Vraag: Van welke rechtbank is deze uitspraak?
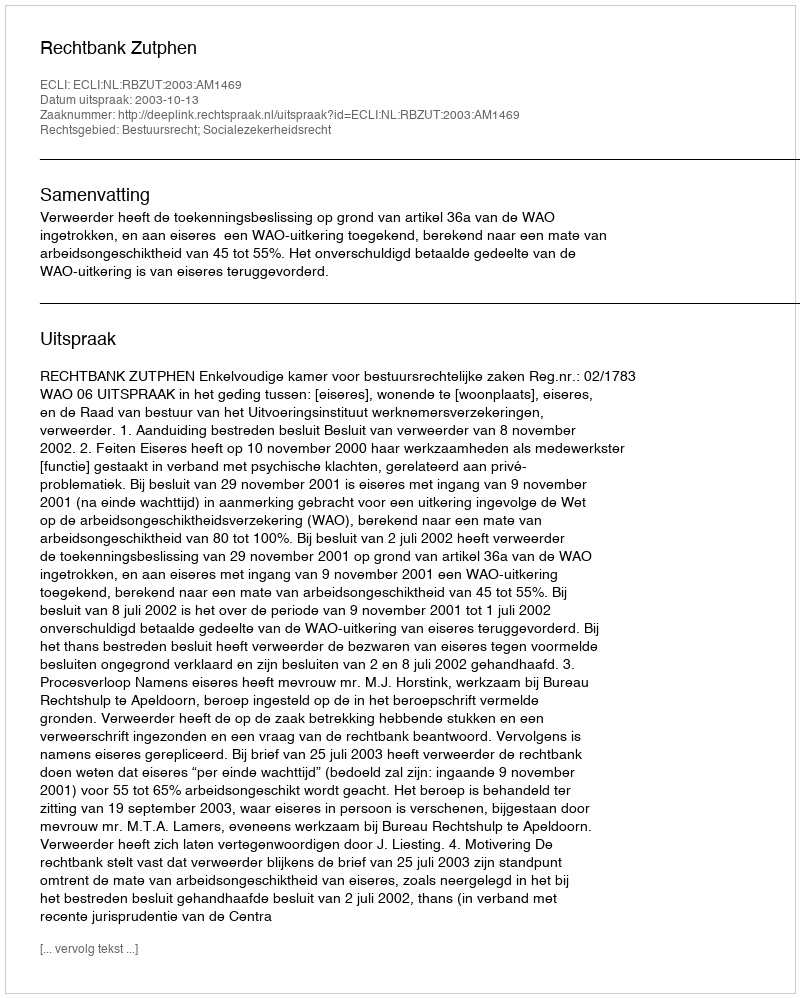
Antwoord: Rechtbank Zutphen